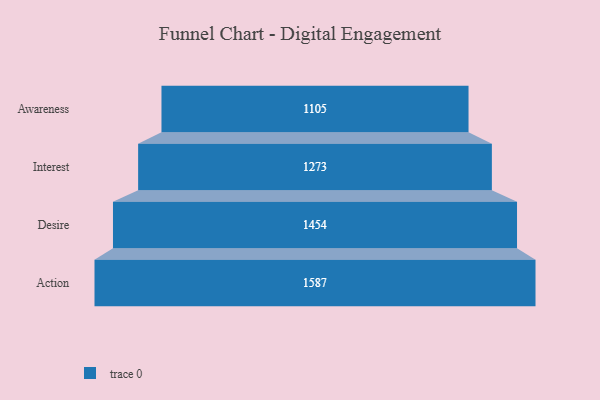
{"axis": {"x": "Stage", "y": "Value"}, "legend": [""], "data": [{"x": "Awareness", "y": 1105.0, "type": ""}, {"x": "Interest", "y": 1273.0, "type": ""}, {"x": "Desire", "y": 1454.0, "type": ""}, {"x": "Action", "y": 1587.0, "type": ""}]}